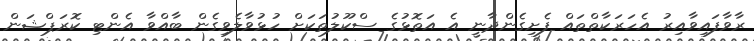
ރާވާފައިވާއިރު އެހަރަކާތްތައް ފެށިގެންދާނީ އެ އަތޮޅުގެ ސްކޫލުތަކަށް ހުޅުވާލެވިގެން ބާއްވާ އެންޓި ކޮރަޕްޝަން